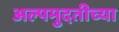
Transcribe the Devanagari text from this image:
अल्पमुदतीच्या